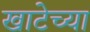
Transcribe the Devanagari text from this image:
खाटेच्या